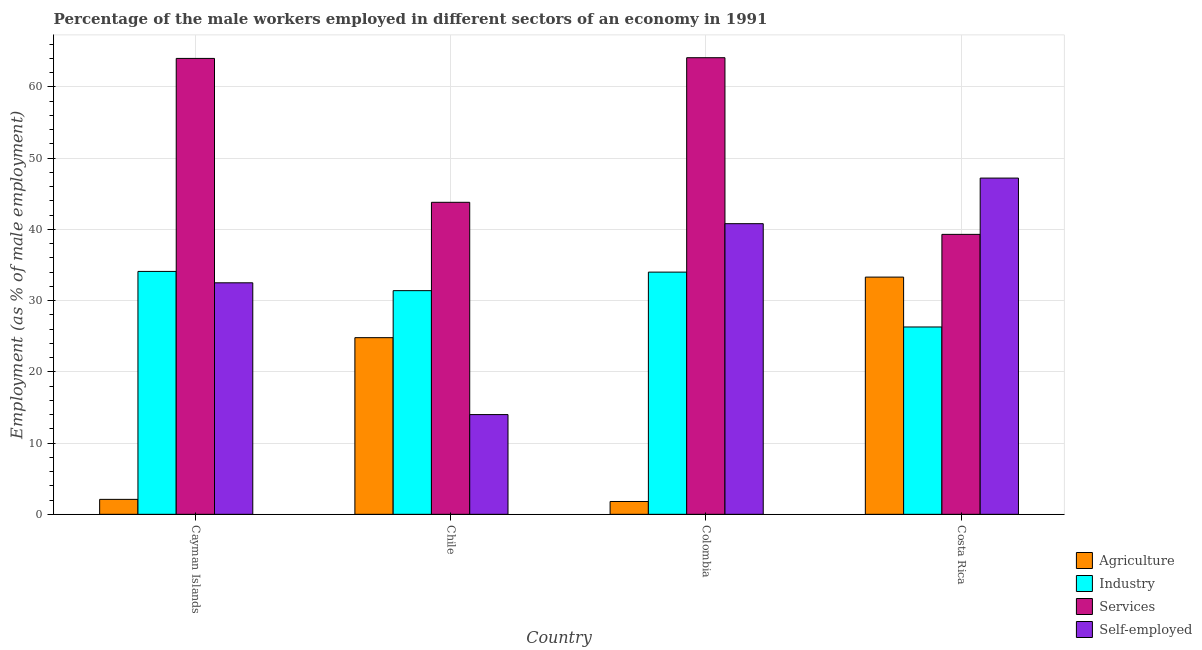
| Country | Agriculture | Industry | Services | Self-employed |
 | --- | --- | --- | --- | --- |
 | Cayman Islands | 2.1 | 34.1 | 64 | 32.5 |
 | Chile | 24.8 | 31.4 | 43.8 | 14 |
 | Colombia | 1.8 | 34 | 64.1 | 40.8 |
 | Costa Rica | 33.3 | 26.3 | 39.3 | 47.2 |